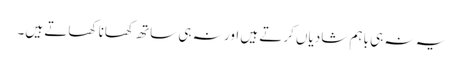
یہ نہ ہی باہم شادیاں کرتے ہیں اور نہ ہی ساتھ کھانا کھاتے ہیں۔